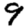
Digit: 9